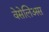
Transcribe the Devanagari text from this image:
वेसेलिअस